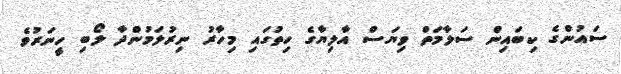
ސައުންގެ ކިބައިން ސަލާމަތް ވިޔަސް އާލިޔާގެ ހިތުގައި މިހާރު ނިރުލަމުންދާ ލޯބި ހީނަރުވެ